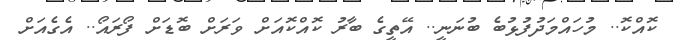
ކޮއްކޮ.. މުހައްމަދުފުޅުބެ ބުނަނީ.. އޭތީގެ ބާރު ކޮއްކޮއަށް ވަރަށް ބޮޑަށް ފޯރައޯ.. އެގެއަށް